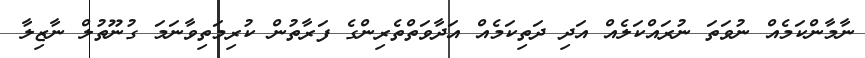
ނާމާންކަމެއް ނުވަތަ ނުރައްކަލެއް އަދި ދަތިކަމެއް އަދާވަތްތެރިންގެ ފަރާތުން ކުރިމަތިވާނަމަ ގުނޫތުލް ނާޒިލާ